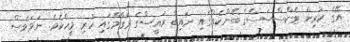
އޭގެ ކުރިން ޓެކްސްސަސްގެ ބޭންކެއްގައި ނައިބް ރައީސްގެ މަގާމްގައި ހުރި މީހެކެވެ. ނަމަވެސް